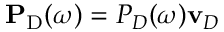
\mathbf { P } _ { \mathrm { D } } ( \omega ) = { P } _ { D } ( \omega ) \mathbf { v } _ { D }